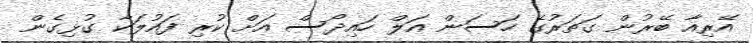
އޭރިއާ ބޭރުން ގަތަރުގެ ހަސަން އަލް ހައިދޯސް އަށް ކުރި ފައުލަކާ ގުޅިގެން